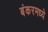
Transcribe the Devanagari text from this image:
बंकरमध्ये